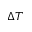
\Delta T